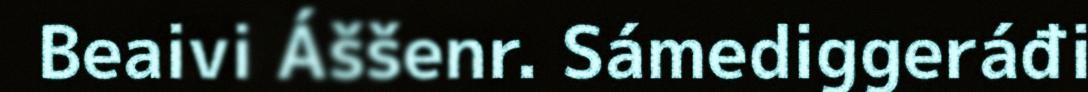
Beaivi Áššenr. Sámediggeráđi